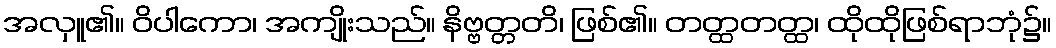
အလှူ၏။ ဝိပါကော၊ အကျိုးသည်။ နိဗ္ဗတ္တတိ၊ ဖြစ်၏။ တတ္ထတတ္ထ၊ ထိုထိုဖြစ်ရာဘုံ၌။